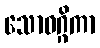
သောဝဂ္ဂိကာ